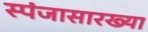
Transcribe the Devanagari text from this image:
स्पंजासारख्या